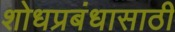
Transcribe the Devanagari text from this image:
शोधप्रबंधासाठी